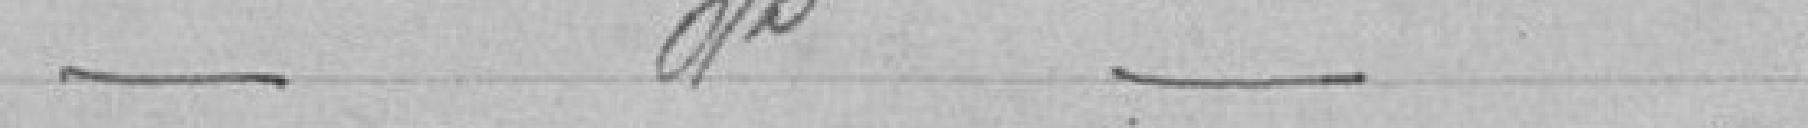
_d_